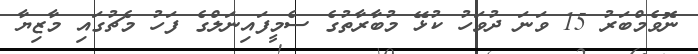
ނޮވެމްބަރު 15 ވަނަ ދުވަހު ކުޅޭ މުބާރާތުގެ ސެމީފައިނަލްގެ ފަހު މެޗުގައި މާޒިޔާ